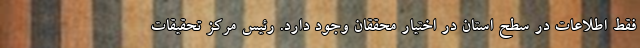
فقط اطلاعات در سطح استان در اختیار محققان وجود دارد. رئیس مرکز تحقیقات